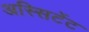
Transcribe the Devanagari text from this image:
अस्सिटेंट